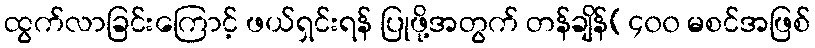
ထွက်လာခြင်းကြောင့် ဖယ်ရှင်းရန် ပြုဖို့အတွက် တန်ချိန်(၄၀၀ မစင်အဖြစ်